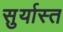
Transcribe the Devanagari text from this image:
सुर्यास्‍त